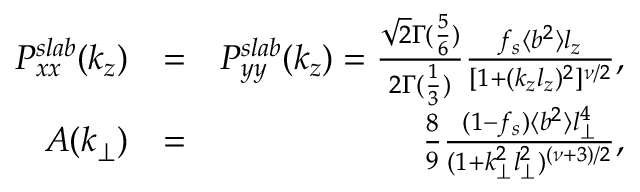
\begin{array} { r l r } { P _ { x x } ^ { s l a b } ( k _ { z } ) } & { = } & { P _ { y y } ^ { s l a b } ( k _ { z } ) = \frac { \sqrt { 2 } \Gamma ( \frac { 5 } { 6 } ) } { 2 \Gamma ( \frac { 1 } { 3 } ) } \frac { f _ { s } \langle b ^ { 2 } \rangle l _ { z } } { [ 1 + ( k _ { z } l _ { z } ) ^ { 2 } ] ^ { \nu / 2 } } , } \\ { A ( k _ { \perp } ) } & { = } & { \frac { 8 } { 9 } \frac { ( 1 - f _ { s } ) \langle b ^ { 2 } \rangle l _ { \perp } ^ { 4 } } { ( 1 + k _ { \perp } ^ { 2 } l _ { \perp } ^ { 2 } ) ^ { ( \nu + 3 ) / 2 } } , } \end{array}